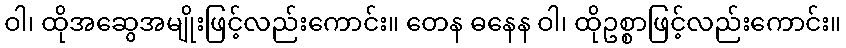
ဝါ၊ ထိုအဆွေအမျိုးဖြင့်လည်းကောင်း။ တေန ဓနေန ဝါ၊ ထိုဥစ္စာဖြင့်လည်းကောင်း။